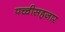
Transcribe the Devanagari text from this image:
पच्चीसहजार